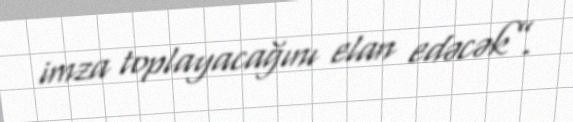
imza toplayacağını elan edəcək”.